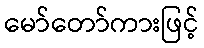
မော်တော်ကားဖြင့်